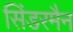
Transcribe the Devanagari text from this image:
सिंडरमैन